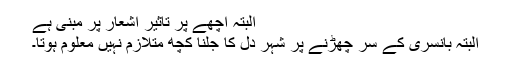
البتہ اچھے پر تاثیر اشعار پر مبنی ہے
البتہ بانسری کے سر چھڑنے پر شہر دل کا جلنا کچھ متلازم نہیں معلوم ہوتا۔